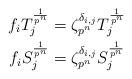
LaTeX: \begin{gather*} f_i T_j^{\frac{1}{p^n}} = \zeta_{p^n}^{\delta_{i,j}} T_j^{\frac{1}{p^n}} \\f_i S_j^{\frac{1}{p^n}}= \zeta_{p^n}^{\delta_{i,j}} S_j^{\frac{1}{p^n}} \end{gather*}